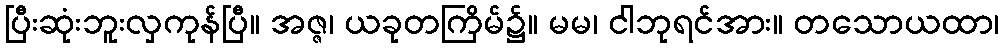
ပြီးဆုံးဘူးလှကုန်ပြီ။ အဇ္ဇ၊ ယခုတကြိမ်၌။ မမ၊ ငါဘုရင်အား။ တသောယထာ၊